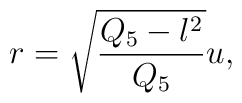
r = \sqrt{\frac{Q_5 - l^2}{Q_5}}u,